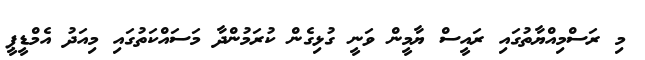
މި ރަސްމިއްޔާތުގައި ރައީސް ޔާމީން ވަނީ ގުޅިގެން ކުރަމުންދާ މަސައްކަތުގައި މިއަދު އެމްޑީޕީ